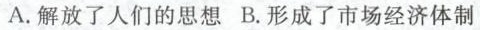
A.解放了人们的思想 B.形成了市场经济体制